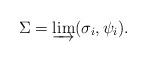
LaTeX: \begin{align*}\Sigma = \varinjlim (\sigma_i,\psi_i).\end{align*}